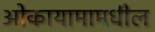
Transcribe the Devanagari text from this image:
ओकायामामधील